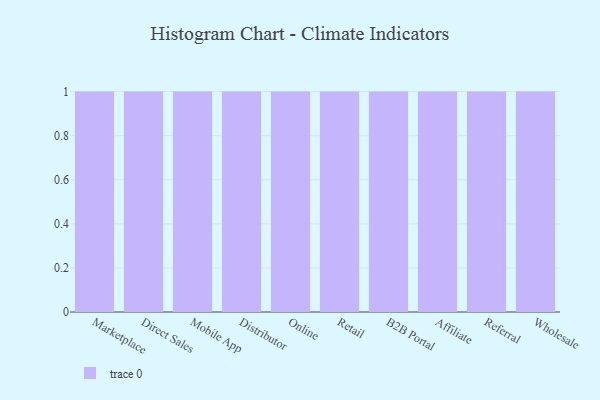
{"axis": {"x": "Channel", "y": "Page Views"}, "legend": [""], "data": [{"x": "Marketplace", "y": 78, "type": ""}, {"x": "Direct Sales", "y": 98, "type": ""}, {"x": "Mobile App", "y": 78, "type": ""}, {"x": "Distributor", "y": 13, "type": ""}, {"x": "Online", "y": 59, "type": ""}, {"x": "Retail", "y": 25, "type": ""}, {"x": "B2B Portal", "y": 77, "type": ""}, {"x": "Affiliate", "y": 98, "type": ""}, {"x": "Referral", "y": 22, "type": ""}, {"x": "Wholesale", "y": 17, "type": ""}]}